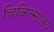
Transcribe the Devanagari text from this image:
चिकित्‍सालय